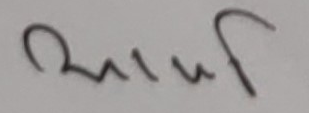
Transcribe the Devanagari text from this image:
रुजुस